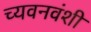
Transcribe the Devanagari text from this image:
च्यवनवंशी